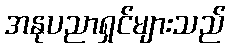
အနုပညာရှင်များသည်